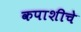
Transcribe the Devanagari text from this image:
कपाशीचे